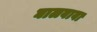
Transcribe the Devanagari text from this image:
घालवावा